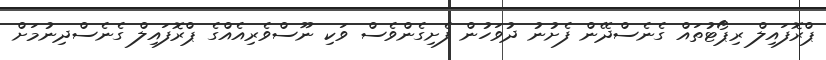
ޕްރޮފައިލް ރިޕޯޓުތައް ގެނެސްދޭން ފެށުނު ދުވަހުން ފެށިގެންވެސް ވަކި ނޫސްވެރިއެއްގެ ޕްރޮފައިލް ގެނެސްދިނުމަށް